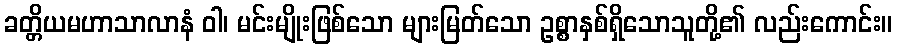
ခတ္တိယမဟာသာလာနံ ဝါ၊ မင်းမျိုးဖြစ်သော များမြတ်သော ဥစ္စာနှစ်ရှိသောသူတို့၏ လည်းကောင်း။